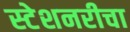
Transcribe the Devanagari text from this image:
स्टेशनरीचा